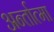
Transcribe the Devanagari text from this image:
अर्न्तात्मा